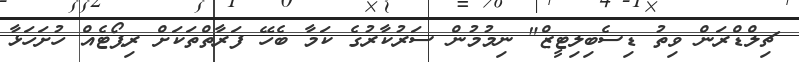
ޗިލްޑްރަން ވިތު ޑިސެބިލިޓީޒް" ނިމުމުން ސަރުކާރުގެ ކަމާ ބެހޭ ފަރާތްތަކަށް ރިޕޯޓެއް ހުށަހަޅާ